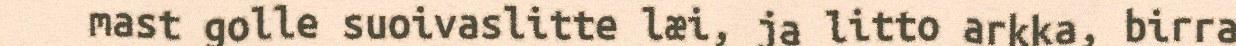
mast golle suoivaslitte læi, ja litto arkka, birra